Annual report of the Punjab Veterinary College and of the Civil Veterinary Department, Punjab - 1926-1932
Year: 1926
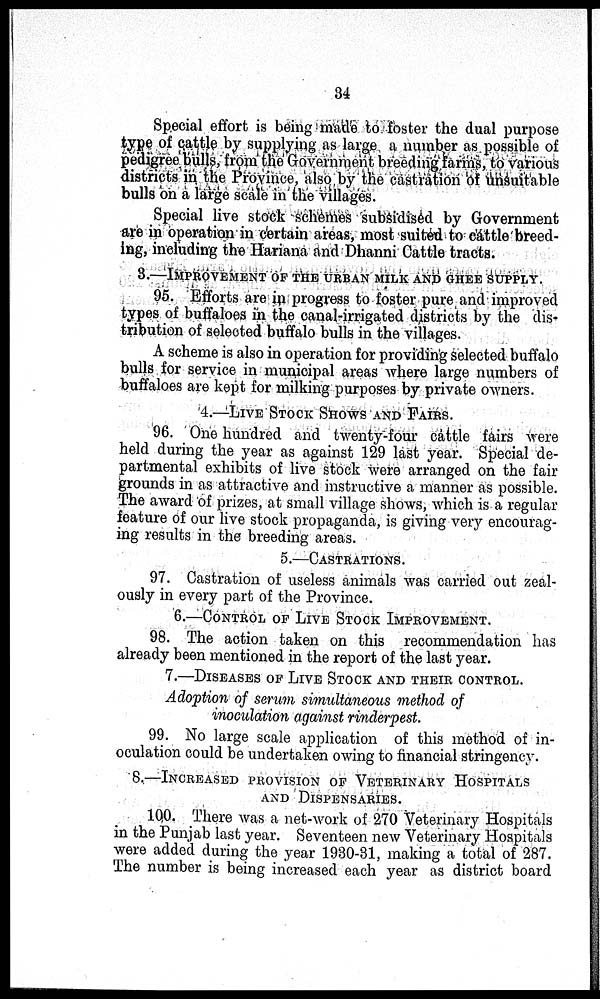
34
Special effort is being made to foster the dual purpose
type of cattle by supplying as large a number as possible of
pedigree bulls, from the Government breeding farms, to various
districts in the Province, also by the castration of unsuitable
bulls on a large scale in the villages.
Special live stock schemes subsidised by Government
are in operation in certain areas, most suited to cattle breed-
ing, including the Hariana and Dhanni Cattle tracts.
3.—IMPROVEMENT OF THE URBAN MILK AND GHEE S
95. Efforts are in progress to foster pure and improved
types of buffaloes in the canal-irrigated districts by the dis-
tribution of selected buffalo bulls in the villages.
A scheme is also in operation for providing selected buffalo
bulls for service in municipal areas where large numbers of
buffaloes are kept for milking purposes by private owners.
4.—LIVE STOCK SHOWS AND FAIRS.
96. One hundred and twenty-four cattle fairs were
held during the year as against 129 last year. Special de-
partmental exhibits of live stock were arranged on the fair
grounds in as attractive and instructive a manner as possible.
The award of prizes, at small village shows, which is a regular
feature of our live stock propaganda, is giving very encourag-
ing results in the breeding areas.
5.—CASTRATIONS.
97. Castration of useless animals was carried out zeal-
ously in every part of the Province.
6.—CONTROL OF LIVE STOCK IMPROVEMENT.
98. The action taken on this recommendation has
already been mentioned in the report of the last year.
7.—DISEASES OF LIVE STOCK AND THEIR CONTROL.
Adoption of serum simultaneous method of
inoculation against rinderpest.
99. No large scale application of this method of in-
oculation could be undertaken owing to financial stringency.
8.—INCREASED PROVISION OF VETERINARY HOSPITALS
AND DISPENSARIES.
100. There was a net-work of 270 Veterinary Hospitals
in the Punjab last year. Seventeen new Veterinary Hospitals
were added during the year 1930-31, making a total of 287.
The number is being increased each year as district board